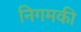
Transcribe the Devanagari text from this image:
निगमकी